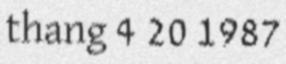
thang 4 20 1987